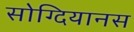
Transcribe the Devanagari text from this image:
सोग्दियानस